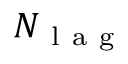
N _ { \mathrm { ~ l ~ a ~ g ~ } }